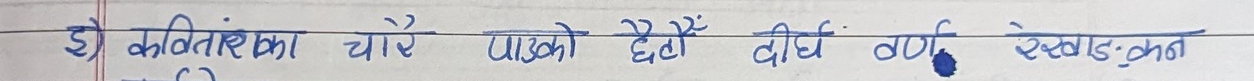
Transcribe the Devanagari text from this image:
३) कवितांका चारै पाएको छैं दीर्घ वर्ण रेकाङ्कित